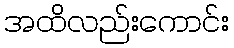
အထိလည်းကောင်း